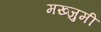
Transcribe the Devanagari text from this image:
मख्जुमी